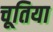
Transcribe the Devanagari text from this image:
चूतिया